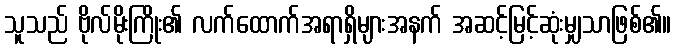
သူသည် ဗိုလ်မိုးကြိုး၏ လက်ထောက်အရာရှိများအနက် အဆင့်မြင့်ဆုံးမျှသာဖြစ်၏။